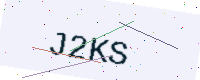
Text: J2KS